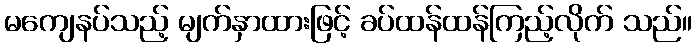
မကျေနပ်သည့် မျက်နှာထားဖြင့် ခပ်ထန်ထန်ကြည့်လိုက် သည်။